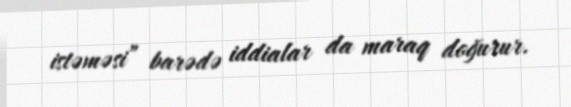
istəməsi” barədə iddialar da maraq doğurur.